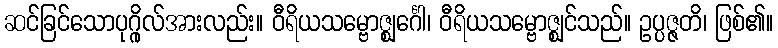
ဆင်ခြင်သောပုဂ္ဂိုလ်အားလည်း။ ဝီရိယသမ္ဗောဇ္ဈင်္ဂေါ၊ ဝီရိယသမ္ဗောဇ္ဈင်သည်။ ဥပ္ပဇ္ဇတိ၊ ဖြစ်၏။